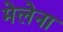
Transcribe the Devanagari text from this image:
मेलेना